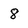
Character: 8